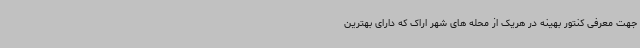
جهت معرفی کنتور بهینه در هریک از محله های شهر اراک که دارای بهترین